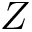
Z